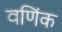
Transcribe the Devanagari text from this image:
वणिंक